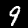
Digit: 9